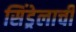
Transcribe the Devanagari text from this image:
सिंड्रेलाची